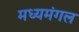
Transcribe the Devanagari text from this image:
मध्यमंगल